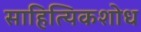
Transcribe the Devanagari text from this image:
साहित्यिकशोध